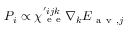
P _ { i } \propto \chi _ { \mathrm { ~ e ~ e ~ } } ^ { ' i j k } \nabla _ { k } E _ { \mathrm { ~ a ~ v ~ } , j }